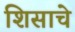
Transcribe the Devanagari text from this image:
शिसाचे